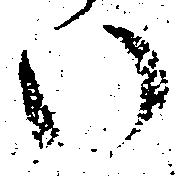
い